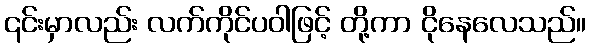
၎င်းမှာလည်း လက်ကိုင်ပဝါဖြင့် တို့ကာ ငိုနေလေသည်။